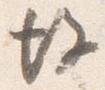
後